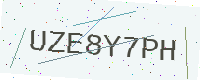
Text: UZE8Y7PH